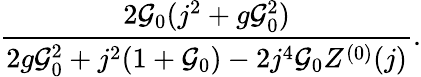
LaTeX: \frac{2{\cal G}_{0}(j^{2}+g{\cal G}_{0}^{2})}{2g{\cal G}_{0}^{2}+j^{2}(1+{\cal G}_{0})-2j^{4}{\cal G}_{0}Z^{(0)}(j)}.